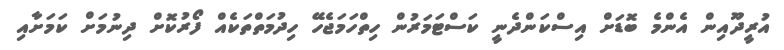
އުރީދޫއިން އެންމެ ބޮޑަށް އިސްކަންދެނީ ކަސްޓަމަރުން ހިތްހަމަޖެހޭ ހިދުމަތްތަކެއް ފޯރުކޮށް ދިނުމަށް ކަމަށާއި